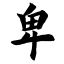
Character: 卑